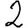
Digit: 2